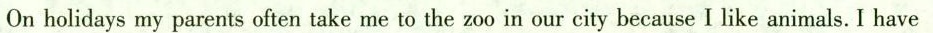
On holidays my parents often take me to the zoo in our city because I like animals. I have